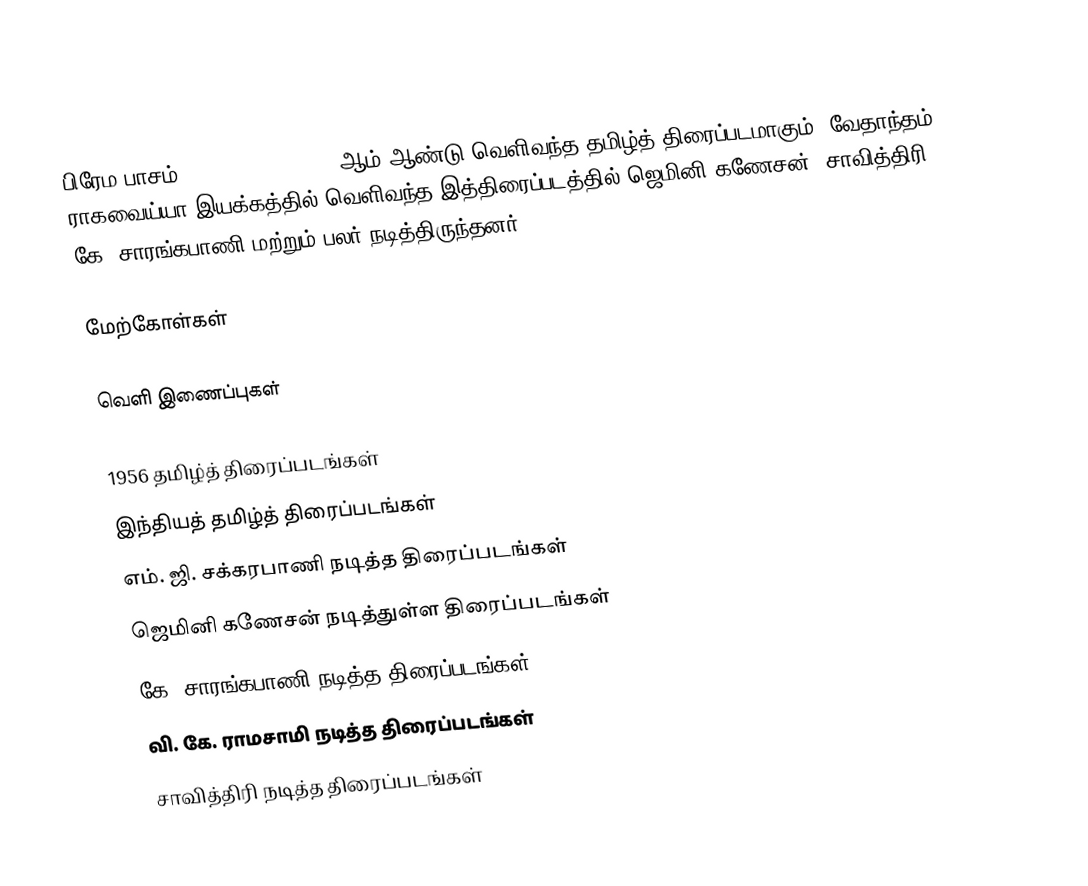
பிரேம பாசம் (Prema Pasam) 1956 ஆம் ஆண்டு வெளிவந்த தமிழ்த் திரைப்படமாகும். வேதாந்தம் ராகவைய்யா இயக்கத்தில் வெளிவந்த இத்திரைப்படத்தில் ஜெமினி கணேசன், சாவித்திரி கே. சாரங்கபாணி மற்றும் பலர் நடித்திருந்தனர்.

மேற்கோள்கள்

வெளி இணைப்புகள்

1956 தமிழ்த் திரைப்படங்கள்
இந்தியத் தமிழ்த் திரைப்படங்கள்
எம். ஜி. சக்கரபாணி நடித்த திரைப்படங்கள்
ஜெமினி கணேசன் நடித்துள்ள திரைப்படங்கள்
கே. சாரங்கபாணி நடித்த திரைப்படங்கள்
வி. கே. ராமசாமி நடித்த திரைப்படங்கள்
சாவித்திரி நடித்த திரைப்படங்கள்